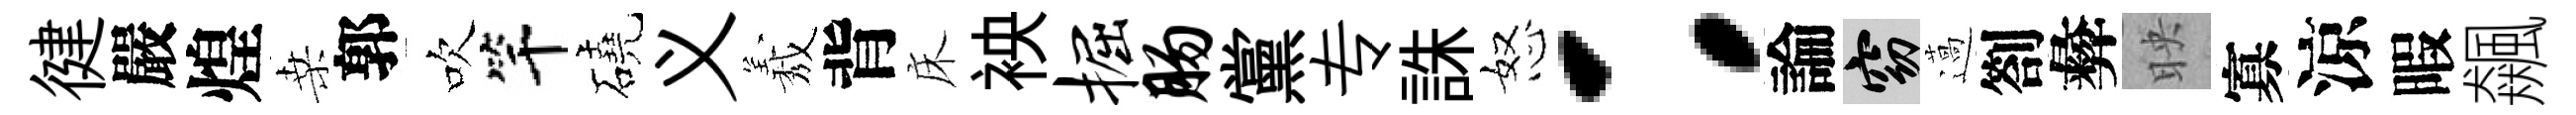
徤嚴煌桑郭吹竿磽义𦏁背床䘧掘肠黨专誅怒：論窈薖劄彜映寡涼暇飆